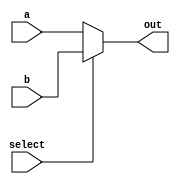
module multiplexer(a, b, select, out);

	
	input [63:0] a;
	input [63:0] b;
	input select;
	output [63:0] out;
	
	assign out = select ? b : a;
endmodule